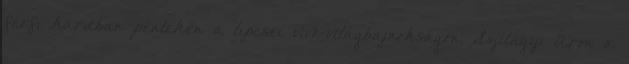
férfi kardban pénteken a lipcsei vívó-világbajnokságon. Szilágyi Áron a